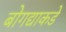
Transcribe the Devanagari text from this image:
बोगद्याकडे